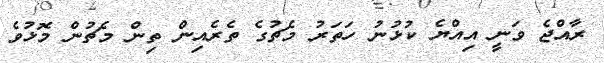
ރާއްޖެ ވަނީ އިއްޔެ ކުޅުނު ހަތަރު މެޗުގެ ތެރެއިން ތިން މެޗުން މޮޅުވެ